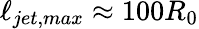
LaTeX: \ell_{jet,max}\approx 100R_{0}